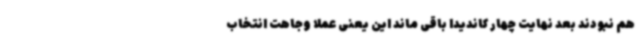
هم نبودند بعد نهایت چهار کاندیدا باقی ماند این یعنی عملا وجاهت انتخاب